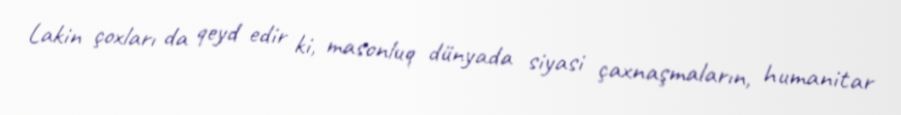
Lakin çoxları da qeyd edir ki, masonluq dünyada siyasi çaxnaşmaların, humanitar